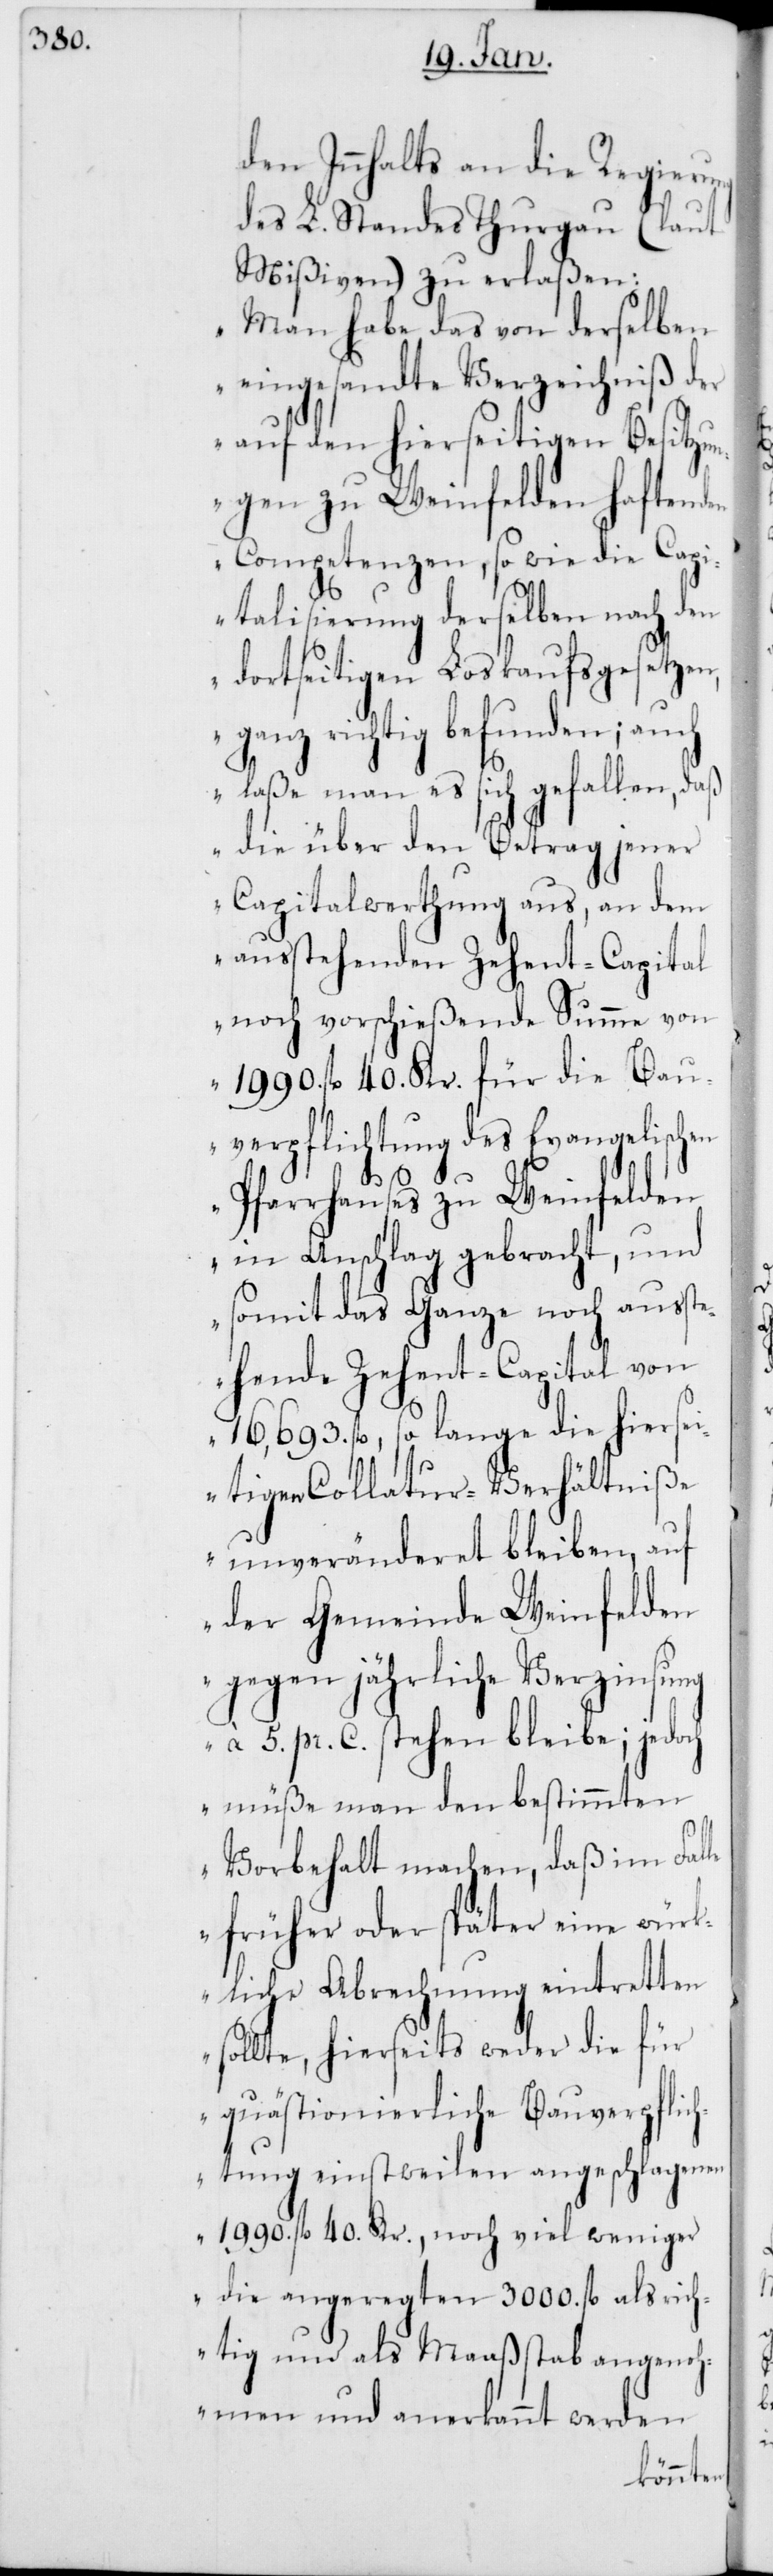
den Innhalts an die Regierung
des L. Standes Thurgau (laut
Mißiven) zu erlaßen:
„Man habe das von derselben
eingesandte Verzeichniß der
auf den hierseitigen Besitzu¬
ngen zu Weinfelden haftenden
Competenzen, so wie die Capi¬
talisierung derselben nach den
dortseitigen Loskaufsgesetzen,
ganz richtig befunden; auch
laße man es sich gefallen, daß
die über den Betrag jener
Capitalwerthung aus, an dem
ausstehenden Zehent-Capital
noch vorschießende Summe von
1990. fl. 40. Kr. für die Bau¬
verpflichtung des Evangelischen
Pfarrhauses zu Weinfelden
in Anschlag gebracht, und
somit das Ganze noch ausst¬
ehende Zehent-Capital von
16,693. fl., so lange die hiersei¬
tigen Collatur-Verhältniße
unveränderet bleiben, auf
der Gemeinde Weinfelden
gegen jährliche Verzinsung
à 5. Pr. C. stehen bleibe; jedoch
müße man den bestimmten
Vorbehalt machen, daß im Fal¬
le früher oder später eine würk¬
liche Abrechnung eintretten
sollte, hierseits weder die für
quästionierliche Bauverpflic¬
htung einstweilen angeschlagenen
1990. fl. 40. Kr., noch viel weniger
die angeregten 3000. fl. als rich¬
tig und als Maaßstab angenoh¬
men und anerkannt werden